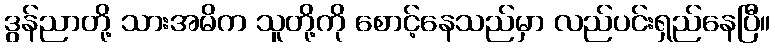
ဒွန်ညာတို့ သားအမိက သူတို့ကို စောင့်နေသည်မှာ လည်ပင်းရှည်နေပြီ။